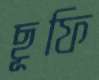
ছূফি